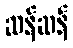
ဆန်ဆန်